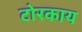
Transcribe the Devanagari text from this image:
टोरकाय